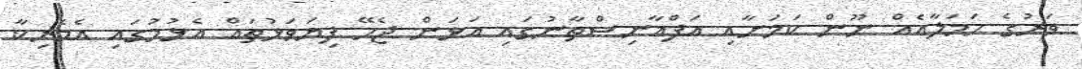
ވަރުގެ ހަމަލާއެއް ނޫން ކަމަށާއި އަފްޣާނިސްތާނުގައި އަޅަން ޖެހޭ ފިޔަވަޅުތައް އެޅުމުގައި އެމެރިކާ